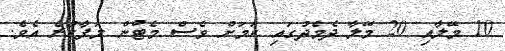
10 މޭލާއި 20 މޭލާ ދެމެދުގައި ކަމަށް ވެސް މެޓުން ލަފާކުރެ އެވެ.